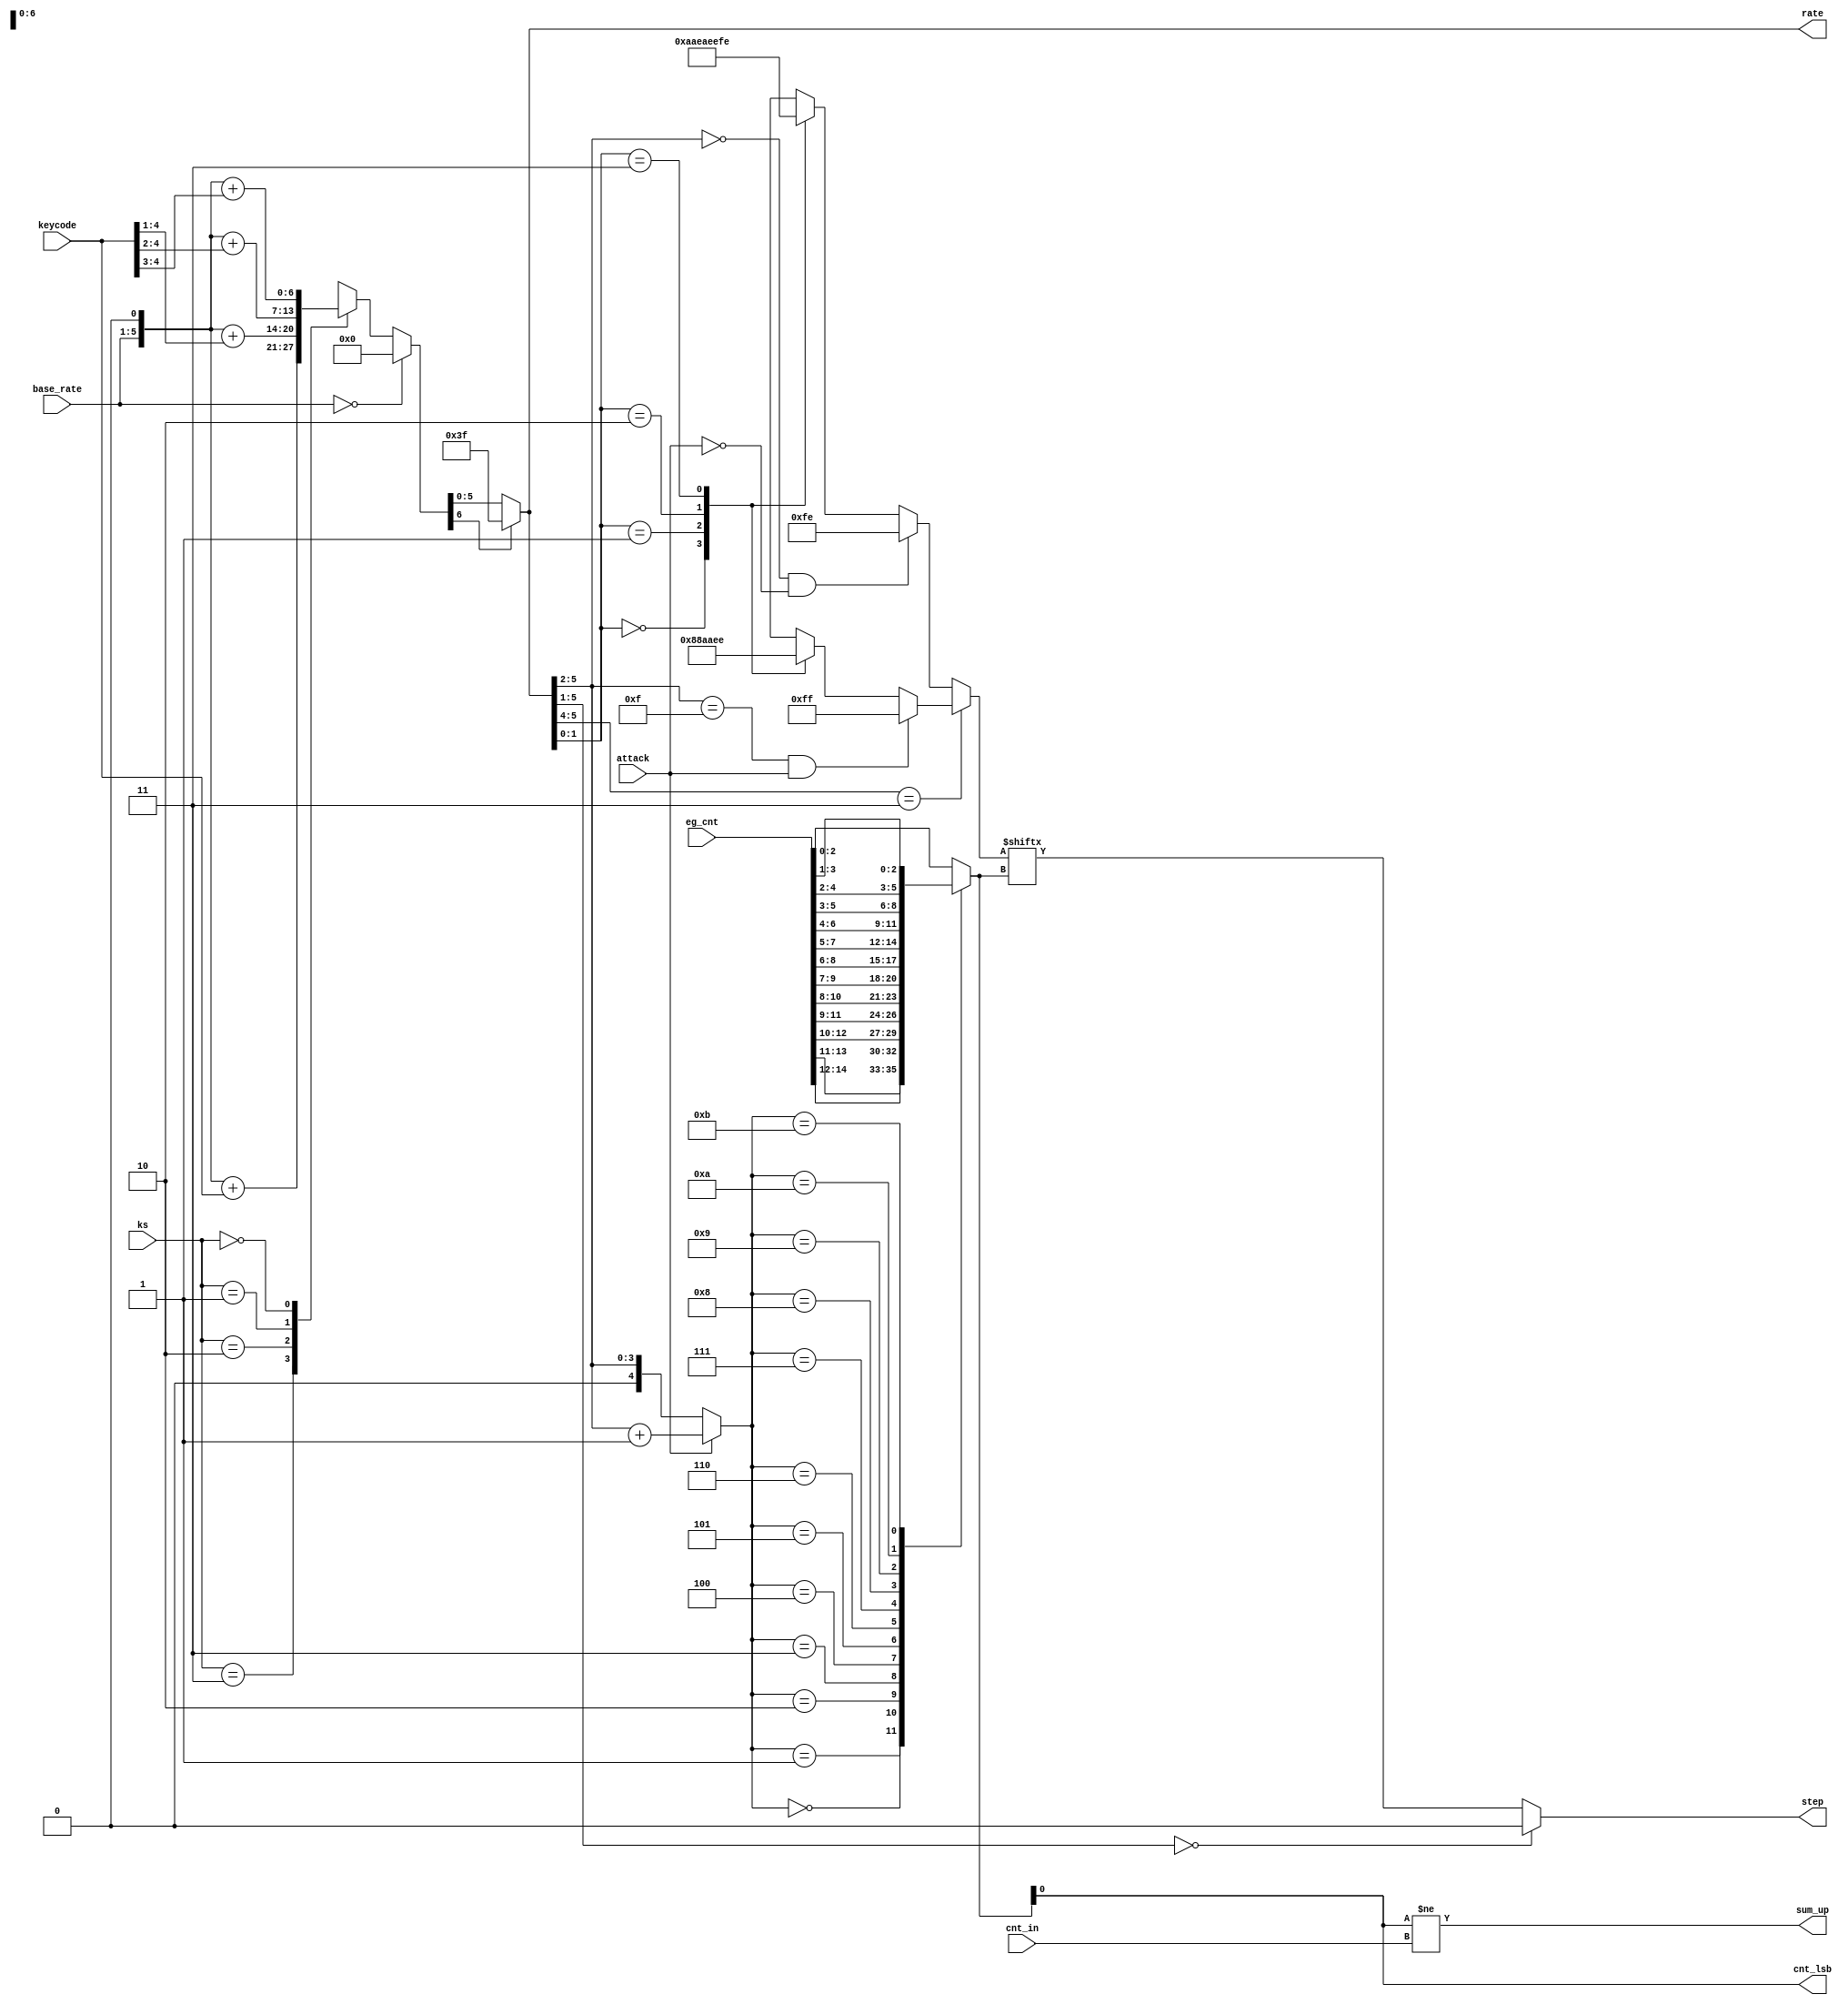
/*  This file is part of JT12.

    JT12 is free software: you can redistribute it and/or modify
    it under the terms of the GNU General Public License as published by
    the Free Software Foundation, either version 3 of the License, or
    (at your option) any later version.

    JT12 is distributed in the hope that it will be useful,
    but WITHOUT ANY WARRANTY; without even the implied warranty of
    MERCHANTABILITY or FITNESS FOR A PARTICULAR PURPOSE.  See the
    GNU General Public License for more details.

    You should have received a copy of the GNU General Public License
    along with JT12.  If not, see <http://www.gnu.org/licenses/>.

    Author: Jose Tejada Gomez. Twitter: @topapate
    Version: 1.0
    Date: 29-10-2018

    */

module jt12_eg_step(
    input           attack,
    input [ 4:0]    base_rate,
    input [ 4:0]    keycode,
    input [14:0]    eg_cnt,
    input           cnt_in,
    input [ 1:0]    ks,
    output          cnt_lsb,
    output       reg step,
    output reg [5:0] rate,
    output reg      sum_up
);

reg     [6:0]   pre_rate;

always @(*) begin : pre_rate_calc
    if( base_rate == 5'd0 )
        pre_rate = 7'd0;
    else
        case( ks )
            2'd3:   pre_rate = { base_rate, 1'b0 } + { 1'b0, keycode };
            2'd2:   pre_rate = { base_rate, 1'b0 } + { 2'b0, keycode[4:1] };
            2'd1:   pre_rate = { base_rate, 1'b0 } + { 3'b0, keycode[4:2] };
            2'd0:   pre_rate = { base_rate, 1'b0 } + { 4'b0, keycode[4:3] };
        endcase
end

always @(*)
    rate = pre_rate[6] ? 6'd63 : pre_rate[5:0];

reg [2:0] cnt;

reg [4:0] mux_sel;
always @(*) begin
    mux_sel = attack ? (rate[5:2]+4'd1): {1'b0,rate[5:2]};
end // always @(*)

always @(*) 
    case( mux_sel )
        5'h0: cnt = eg_cnt[14:12];
        5'h1: cnt = eg_cnt[13:11];
        5'h2: cnt = eg_cnt[12:10];
        5'h3: cnt = eg_cnt[11: 9];
        5'h4: cnt = eg_cnt[10: 8];
        5'h5: cnt = eg_cnt[ 9: 7];
        5'h6: cnt = eg_cnt[ 8: 6];
        5'h7: cnt = eg_cnt[ 7: 5];
        5'h8: cnt = eg_cnt[ 6: 4];
        5'h9: cnt = eg_cnt[ 5: 3];
        5'ha: cnt = eg_cnt[ 4: 2];
        5'hb: cnt = eg_cnt[ 3: 1];
        default: cnt = eg_cnt[ 2: 0];
    endcase

////////////////////////////////
reg [7:0] step_idx;

always @(*) begin : rate_step
    if( rate[5:4]==2'b11 ) begin // 0 means 1x, 1 means 2x
        if( rate[5:2]==4'hf && attack)
            step_idx = 8'b11111111; // Maximum attack speed, rates 60&61
        else
        case( rate[1:0] )
            2'd0: step_idx = 8'b00000000;
            2'd1: step_idx = 8'b10001000; // 2
            2'd2: step_idx = 8'b10101010; // 4
            2'd3: step_idx = 8'b11101110; // 6
        endcase
    end
    else begin
        if( rate[5:2]==4'd0 && !attack)
            step_idx = 8'b11111110; // limit slowest decay rate
        else
        case( rate[1:0] )
            2'd0: step_idx = 8'b10101010; // 4
            2'd1: step_idx = 8'b11101010; // 5
            2'd2: step_idx = 8'b11101110; // 6
            2'd3: step_idx = 8'b11111110; // 7
        endcase
    end
    // a rate of zero keeps the level still
    step = rate[5:1]==5'd0 ? 1'b0 : step_idx[ cnt ];
end

assign cnt_lsb = cnt[0];
always @(*) begin
    sum_up = cnt[0] != cnt_in;
end

endmodule // eg_step